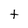
Character: t